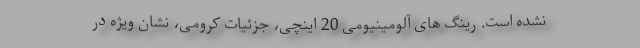
نشده است. رینگ های آلومینیومی 20 اینچی، جزئیات کرومی، نشان ویژه در